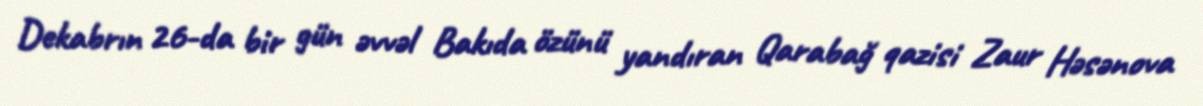
Dekabrın 26-da bir gün əvvəl Bakıda özünü yandıran Qarabağ qazisi Zaur Həsənova